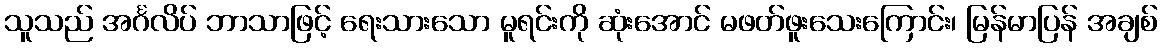
သူသည် အင်္ဂလိပ် ဘာသာဖြင့် ရေးသားသော မူရင်းကို ဆုံးအောင် မဖတ်ဖူးသေးကြောင်း၊ မြန်မာပြန် အချစ်